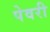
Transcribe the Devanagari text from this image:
पेवरी